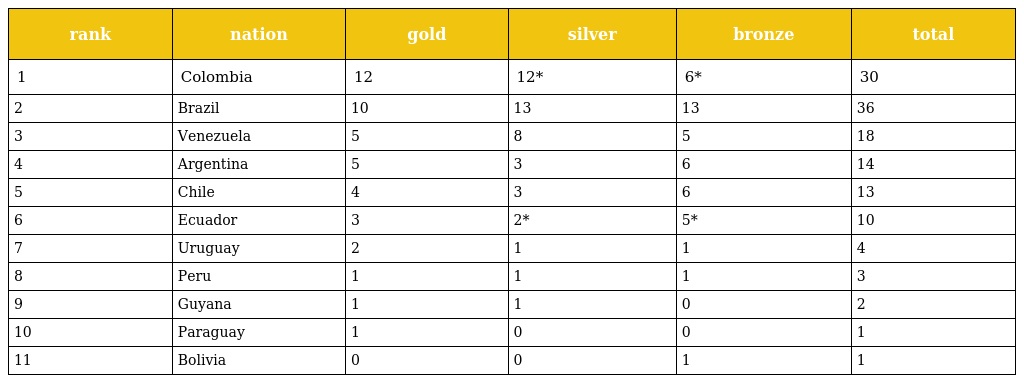
| rank | nation | gold | silver | bronze | total |
 | --- | --- | --- | --- | --- | --- |
 | 1 | Colombia | 12 | 12* | 6* | 30 |
 | 2 | Brazil | 10 | 13 | 13 | 36 |
 | 3 | Venezuela | 5 | 8 | 5 | 18 |
 | 4 | Argentina | 5 | 3 | 6 | 14 |
 | 5 | Chile | 4 | 3 | 6 | 13 |
 | 6 | Ecuador | 3 | 2* | 5* | 10 |
 | 7 | Uruguay | 2 | 1 | 1 | 4 |
 | 8 | Peru | 1 | 1 | 1 | 3 |
 | 9 | Guyana | 1 | 1 | 0 | 2 |
 | 10 | Paraguay | 1 | 0 | 0 | 1 |
 | 11 | Bolivia | 0 | 0 | 1 | 1 |